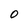
Character: 0